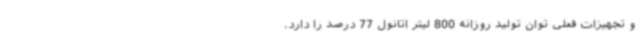
و تجهیزات فعلی توان تولید روزانه 800 لیتر اتانول 77 درصد را دارد.